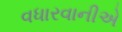
વધારવાનીએ